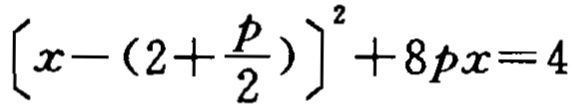
\(\left[x - \left(2 + \frac{p}{2}\right)\right]^2 + 8px = 4\)